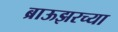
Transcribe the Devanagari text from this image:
ब्राऊझरच्या